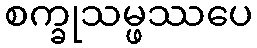
စက္ခုသမ္ဖဿပေ